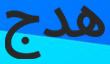
ھدج